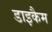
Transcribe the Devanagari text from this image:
डाइकैम